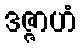
ဒဇ္ဇာဟံ